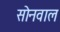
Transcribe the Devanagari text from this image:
सोनवाल